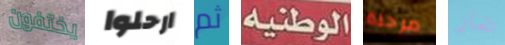
يختفون ارحلوا ثم الوطنية مرحلة ضار